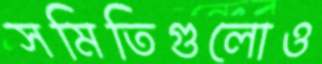
সমিতিগুলোও